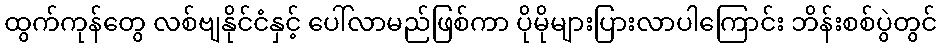
ထွက်ကုန်တွေ လစ်ဗျနိုင်ငံနှင့် ပေါ်လာမည်ဖြစ်ကာ ပိုမိုများပြားလာပါကြောင်း ဘိန်းစစ်ပွဲတွင်